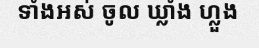
ទាំងអស់ ចូល ឃ្លាំង ហ្លួង